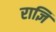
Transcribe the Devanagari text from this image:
राज्ञि